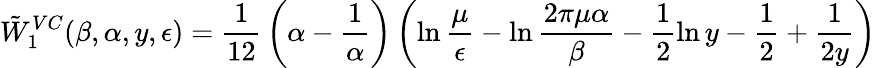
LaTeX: \tilde{W}_{1}^{VC}(\beta,\alpha,y,\epsilon)={\frac{1}{12}}\left(\alpha-{\frac{1}{\alpha}}\right)\left(\ln{\frac{\mu}{\epsilon}}-\ln{\frac{2\pi\mu\alpha}{\beta}}-\frac 12\ln y-\frac 12+{\frac{1}{2y}}\right)